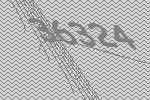
36324